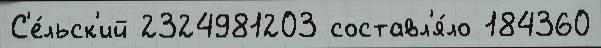
С'е́льск'ий 2324981203 составл'я́ло 184360